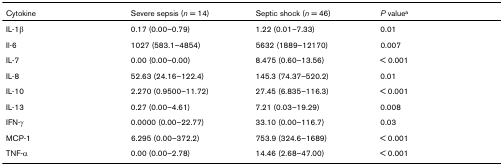
<table><thead><tr><td><b>Cytokine</b></td><td><b>Severe sepsis (<i>n </i>= 14)</b></td><td><b>Septic shock (<i>n </i>= 46)</b></td><td><b><i>P </i>value<sup>a</sup></b></td></tr></thead><tbody><tr><td>IL-1β</td><td>0.17 (0.00–0.79)</td><td>1.22 (0.01–7.33)</td><td>0.01</td></tr><tr><td>Il-6</td><td>1027 (583.1–4854)</td><td>5632 (1889–12170)</td><td>0.007</td></tr><tr><td>IL-7</td><td>0.00 (0.00–0.00)</td><td>8.475 (0.60–13.56)</td><td>&lt; 0.001</td></tr><tr><td>IL-8</td><td>52.63 (24.16–122.4)</td><td>145.3 (74.37–520.2)</td><td>0.01</td></tr><tr><td>IL-10</td><td>2.270 (0.9500–11.72)</td><td>27.45 (6.835–116.3)</td><td>&lt; 0.001</td></tr><tr><td>IL-13</td><td>0.27 (0.00–4.61)</td><td>7.21 (0.03–19.29)</td><td>0.008</td></tr><tr><td>IFN-γ</td><td>0.0000 (0.00–22.77)</td><td>33.10 (0.00–116.7)</td><td>0.03</td></tr><tr><td>MCP-1</td><td>6.295 (0.00–372.2)</td><td>753.9 (324.6–1689)</td><td>&lt; 0.001</td></tr><tr><td>TNF-α</td><td>0.00 (0.00–2.78)</td><td>14.46 (2.68–47.00)</td><td>&lt; 0.001</td></tr></tbody></table>